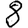
Digit: 8